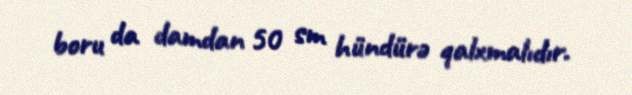
boru da damdan 50 sm hündürə qalxmalıdır.